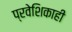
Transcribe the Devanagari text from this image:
प्रवेशिकाही